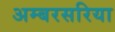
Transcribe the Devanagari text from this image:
अम्बरसरिया